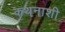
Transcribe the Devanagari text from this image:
कथनाशी